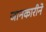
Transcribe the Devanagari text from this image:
जानकारीने